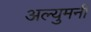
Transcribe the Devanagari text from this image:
अल्युमनी